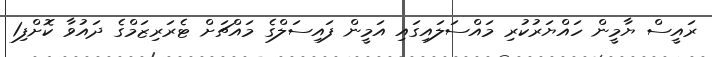
ރައީސް ޔާމީން ހައްޔަރުކުރި މައްސަލައިގައި އަމީން ފައިސަލްގެ މައްޗަށް ޓެރަރިޒަމްގެ ދައުވާ ކޮށްފި1